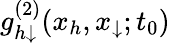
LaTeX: g_{h\downarrow}^{(2)}(x_{h},x_{\downarrow};t_{0})